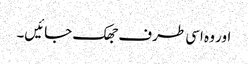
اور وہ اسی طرف جھک جائیں۔